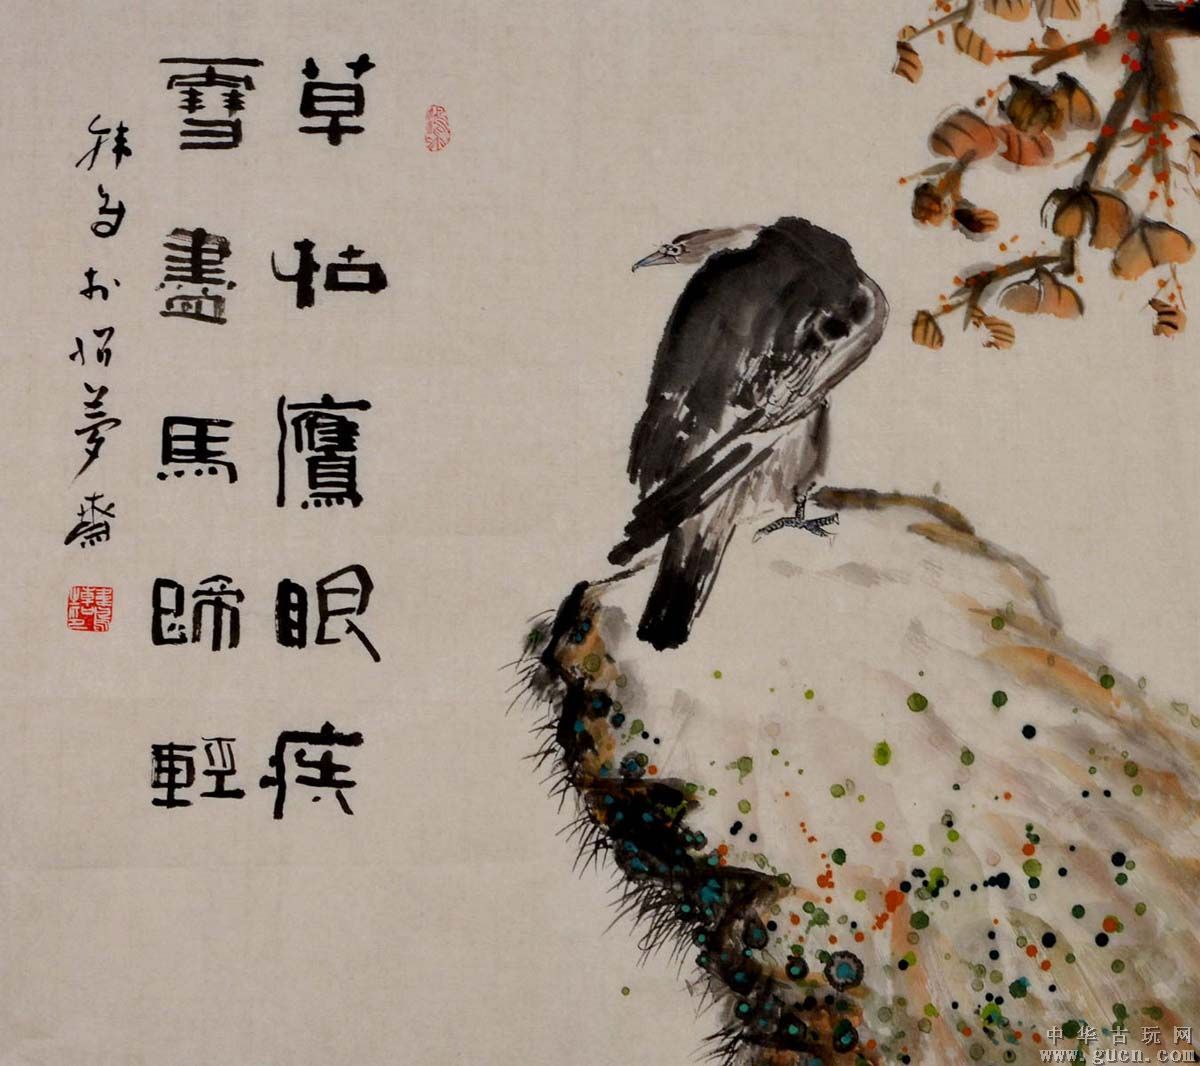
一去无消息，那能惜马蹄。